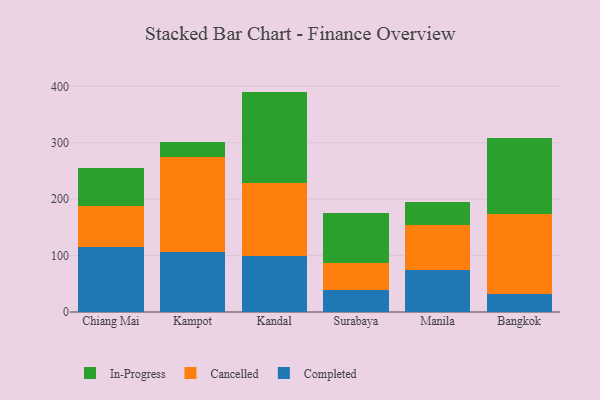
{"axis": {"x": "City", "y": "Customer Acquisition Cost (USD)"}, "legend": ["Cancelled", "Completed", "In-Progress"], "data": [{"x": "Chiang Mai", "y": 115.5, "type": "Completed"}, {"x": "Chiang Mai", "y": 73.2, "type": "Cancelled"}, {"x": "Chiang Mai", "y": 66.6, "type": "In-Progress"}, {"x": "Kampot", "y": 105.6, "type": "Completed"}, {"x": "Kampot", "y": 169.4, "type": "Cancelled"}, {"x": "Kampot", "y": 25.8, "type": "In-Progress"}, {"x": "Kandal", "y": 98.8, "type": "Completed"}, {"x": "Kandal", "y": 129.2, "type": "Cancelled"}, {"x": "Kandal", "y": 162.6, "type": "In-Progress"}, {"x": "Surabaya", "y": 39.5, "type": "Completed"}, {"x": "Surabaya", "y": 48.2, "type": "Cancelled"}, {"x": "Surabaya", "y": 87.5, "type": "In-Progress"}, {"x": "Manila", "y": 74.4, "type": "Completed"}, {"x": "Manila", "y": 79.4, "type": "Cancelled"}, {"x": "Manila", "y": 40.7, "type": "In-Progress"}, {"x": "Bangkok", "y": 31.9, "type": "Completed"}, {"x": "Bangkok", "y": 142.5, "type": "Cancelled"}, {"x": "Bangkok", "y": 133.2, "type": "In-Progress"}]}